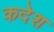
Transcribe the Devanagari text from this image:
कदेश